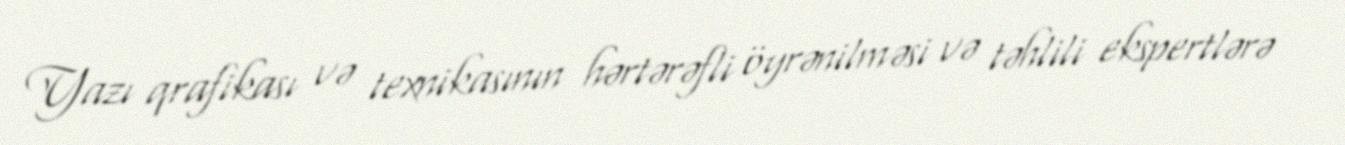
Yazı qrafikası və texnikasının hərtərəfli öyrənilməsi və təhlili ekspertlərə